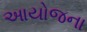
આયોજના